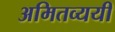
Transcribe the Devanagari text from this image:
अमितव्ययी